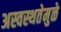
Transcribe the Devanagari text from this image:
अस्वस्थतेमुळे